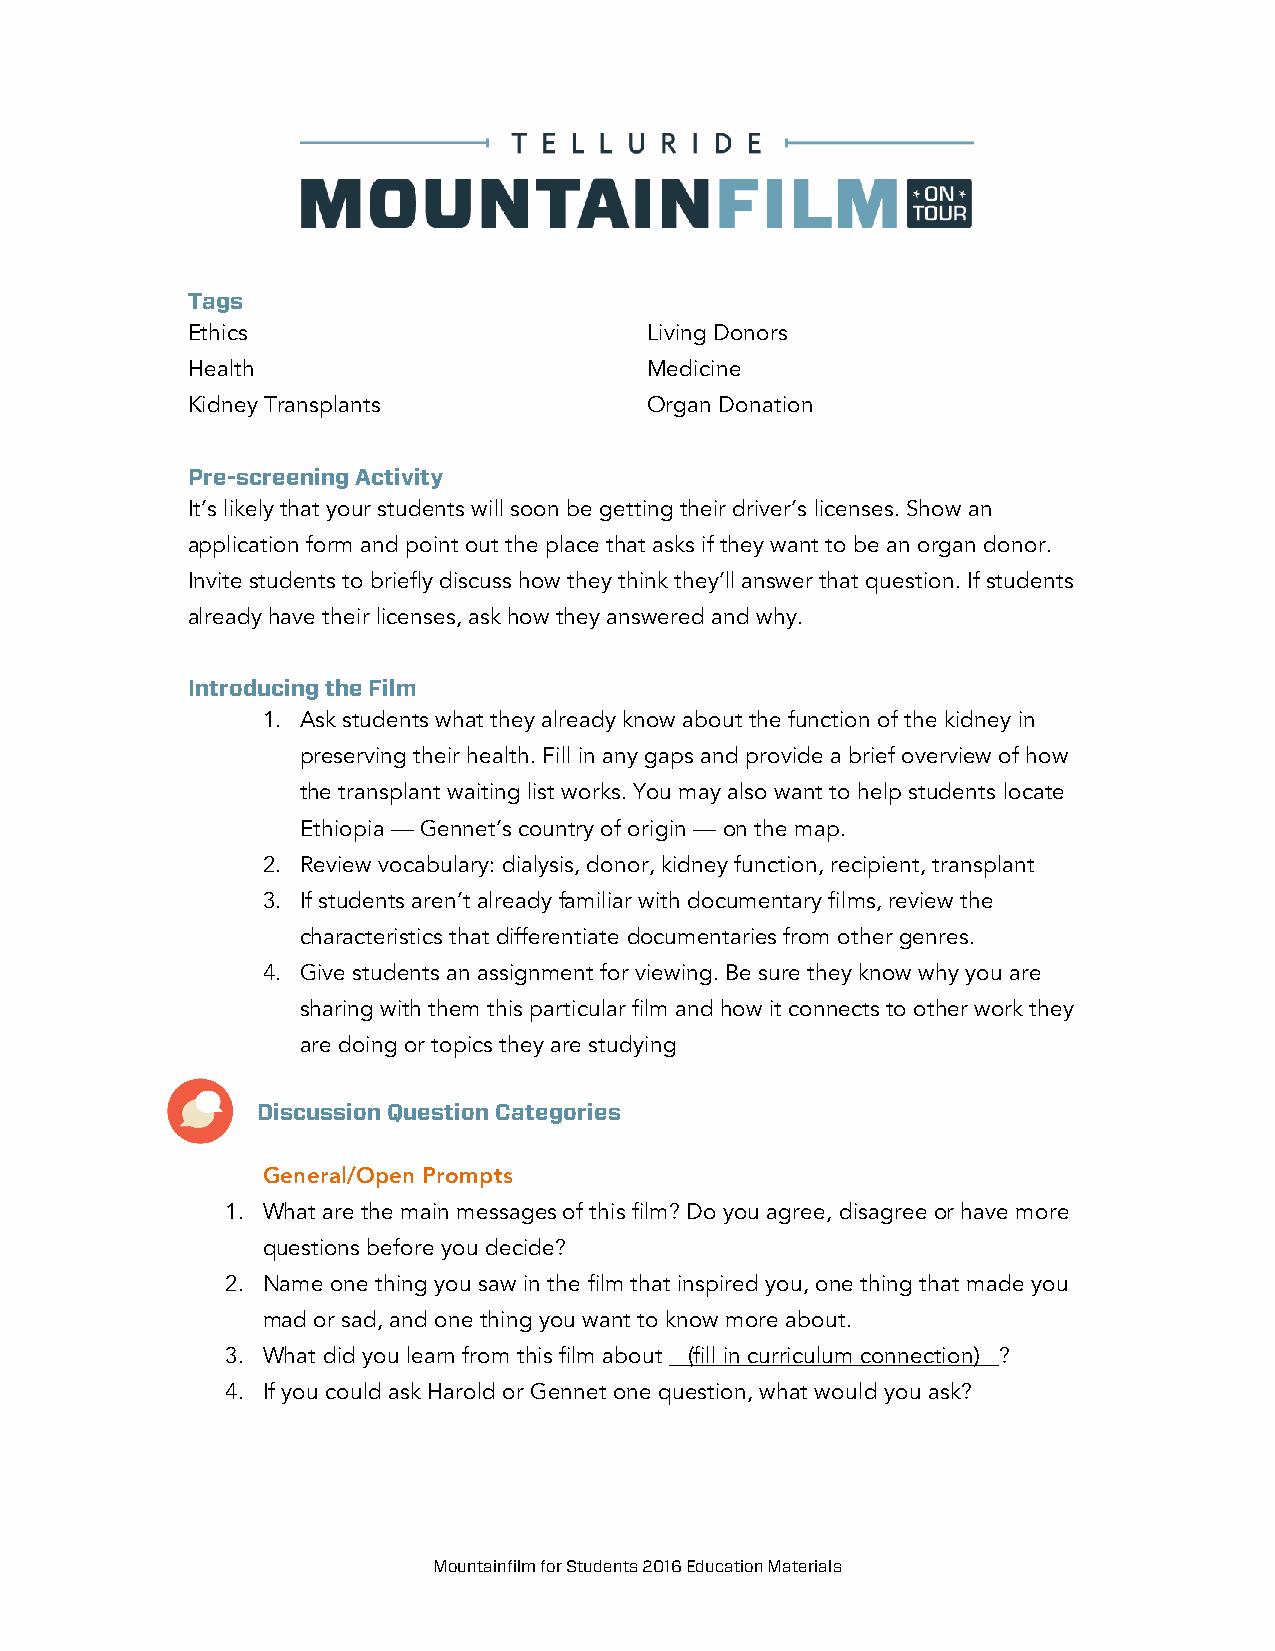
Tags
 Ethics                         Living Donors
 Health                         Medicine
 Kidney Transplants             Organ Donation
 Pre-screening Activity
 It’s likely that your students will soon be getting their driver’s licenses. Show an
 application form and point out the place that asks if they want to be an organ donor.
 Invite students to briefly discuss how they think they’ll answer that question. If students
 already have their licenses, ask how they answered and why.
 Introducing the Film
 1. Ask students what they already know about the function of the kidney in
 preserving their health. Fill in any gaps and provide a brief overview of how
 the transplant waiting list works. You may also want to help students locate
 Ethiopia — Gennet’s country of origin — on the map.
 2. Review vocabulary: dialysis, donor, kidney function, recipient, transplant
 3. If students aren’t already familiar with documentary films, review the
 characteristics that differentiate documentaries from other genres.
 4. Give students an assignment for viewing. Be sure they know why you are
 sharing with them this particular film and how it connects to other work they
 are doing or topics they are studying
 Discussion Question Categories
 General/Open Prompts
 1. What are the main messages of this film? Do you agree, disagree or have more
 questions before you decide?
 2. Name one thing you saw in the film that inspired you, one thing that made you
 mad or sad, and one thing you want to know more about.
 3. What did you learn from this film about (fill in curriculum connection) ?
 4. If you could ask Harold or Gennet one question, what would you ask?
 Mountainfilm for Students 2016 Education Materials